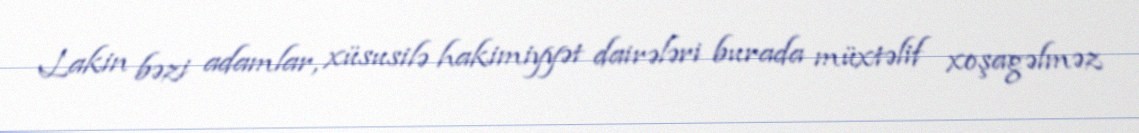
Lakin bəzi adamlar, xüsusilə hakimiyyət dairələri burada müxtəlif xoşagəlməz